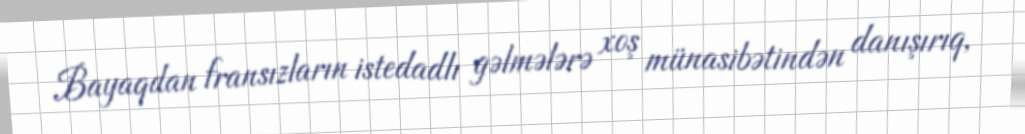
Bayaqdan fransızların istedadlı gəlmələrə xoş münasibətindən danışırıq,